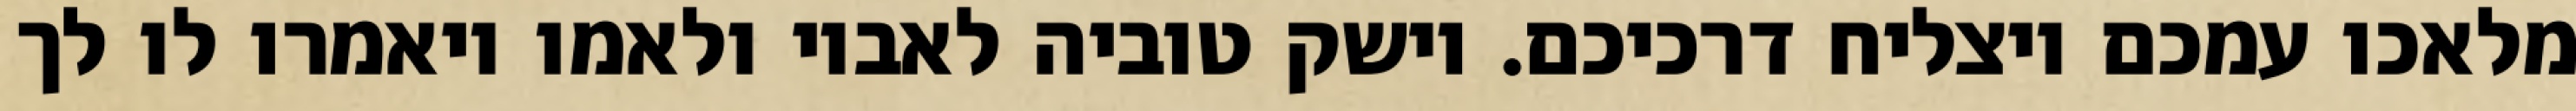
מלאכו עמכם ויצליח דרכיכם. וישק טוביה לאביו ולאמו ויאמרו לו לך